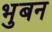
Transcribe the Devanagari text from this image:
भुबन